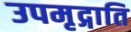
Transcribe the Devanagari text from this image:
उपमृद्गाति